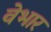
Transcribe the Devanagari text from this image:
वेभार